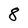
Character: 8